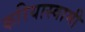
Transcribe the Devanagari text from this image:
करियास्वामी